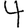
Digit: 4